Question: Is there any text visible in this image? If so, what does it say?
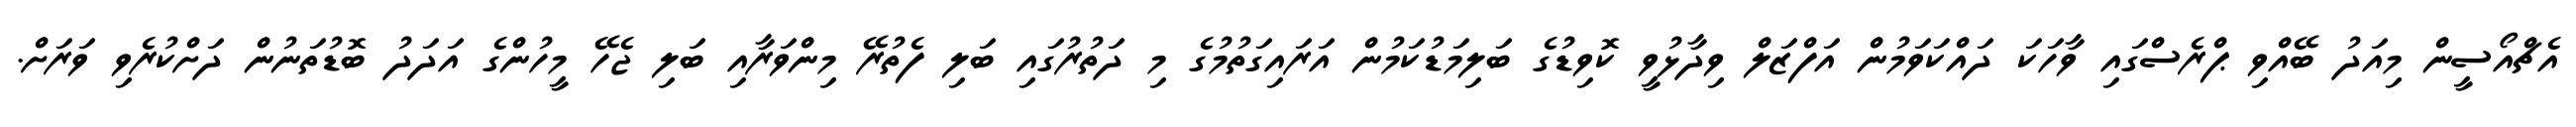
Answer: އެޗްއޯސީން މިއަދު ބޭއްވި ޕްރެސްގައި ވާހަކަ ދައްކަވަމުން އަފްޒަލް ވިދާޅުވީ ކޮވިޑުގެ ބަލިމަޑުކަމުން އަރައިގަތުމުގެ މި ދަތުރުގައި ބަލި ފެތުރޭ މިންވަރާއި ބަލި ޖެހޭ މީހުންގެ އަދަދު ބޮޑުތަނުން ދަށްކުރެވި ވަރަށް.